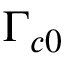
\Gamma _ { c 0 }